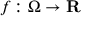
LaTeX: f \colon \Omega \rightarrow \mathbf { R }